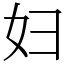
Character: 妇